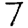
Digit: 7